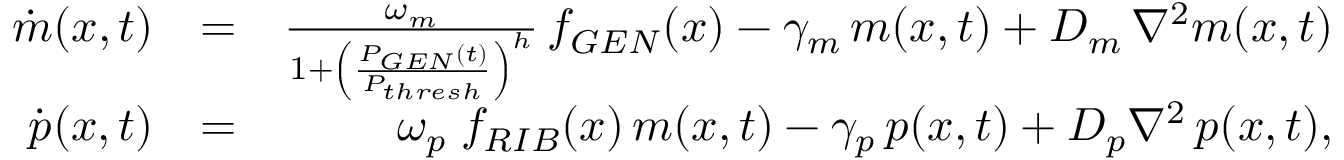
\begin{array} { r l r } { \dot { m } ( x , t ) } & { = } & { \frac { \omega _ { m } } { 1 + \left( \frac { P _ { G E N } ( t ) } { P _ { t h r e s h } } \right) ^ { h } } \, f _ { G E N } ( x ) - \gamma _ { m } \, m ( x , t ) + D _ { m } \, \nabla ^ { 2 } m ( x , t ) } \\ { \dot { p } ( x , t ) } & { = } & { \omega _ { p } \; f _ { R I B } ( x ) \, m ( x , t ) - \gamma _ { p } \, p ( x , t ) + D _ { p } \nabla ^ { 2 } \, p ( x , t ) , } \end{array}